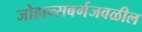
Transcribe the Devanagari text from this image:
जोहान्सबर्गजवळील